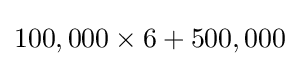
100,000\times 6+500,000